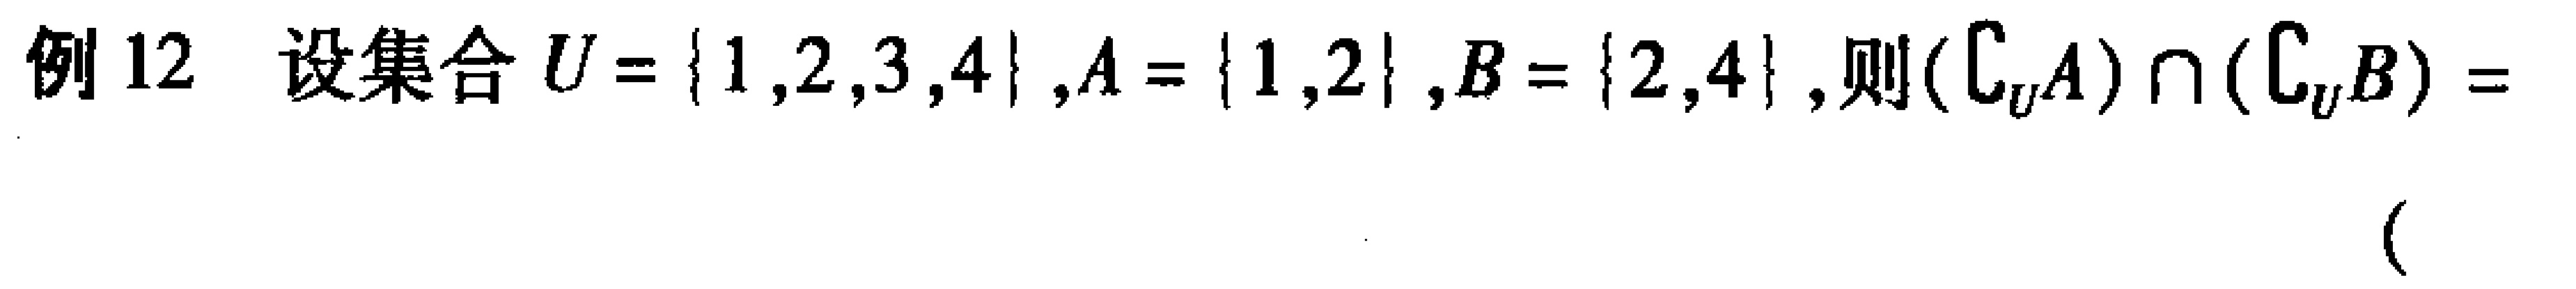
例12 设集合 \(U = \{1,2,3,4\},A = \{1,2\},B = \{2,4\}\), 则\((\complement_U A)\cap(\complement_U B)=\)  (